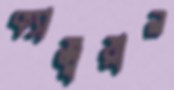
ক্যাজুয়াল